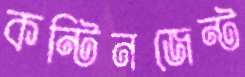
কন্টিনজেন্ট